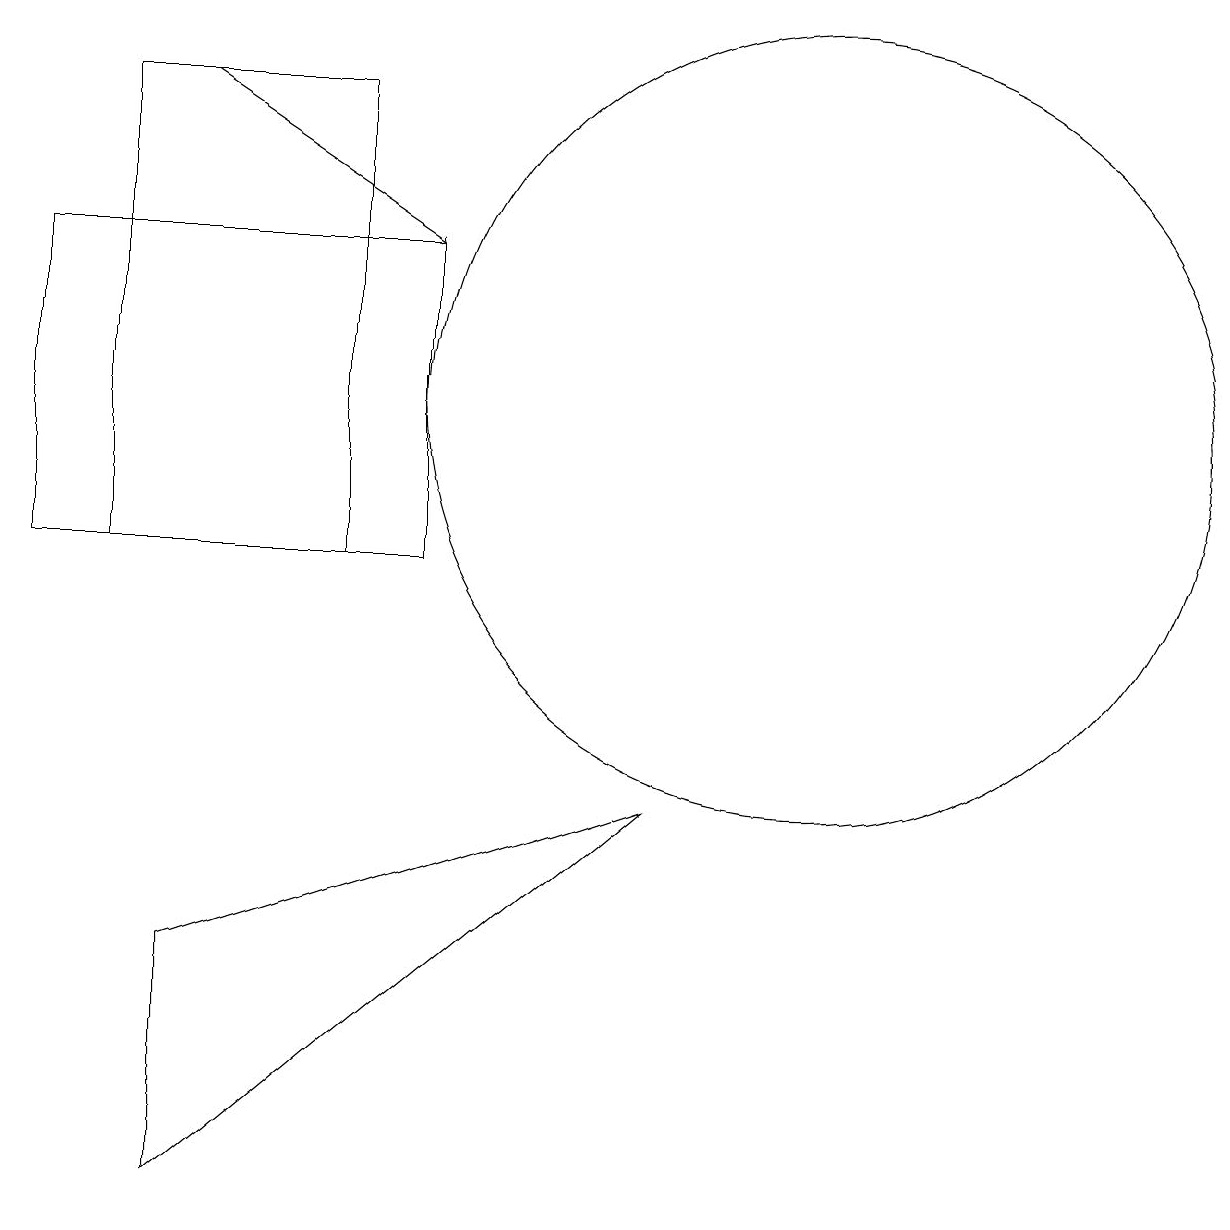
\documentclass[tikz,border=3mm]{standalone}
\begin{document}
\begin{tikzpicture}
\draw (10,11) circle (0);
\draw (3,2) -- (3,5) -- (9,7) -- cycle;
\draw[->] (3,16) -- (6,14);
\draw (2,16) rectangle (5,10);
\draw (6,10) rectangle (1,14);
\draw (11,12) circle (5);
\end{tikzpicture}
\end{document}